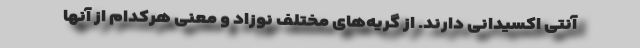
آنتی اکسیدانی دارند. از گریه‌های مختلف نوزاد و معنی هرکدام از آنها